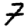
Digit: 7